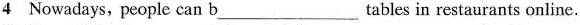
4 Nowadays, people can b___ tables in restaurants online.